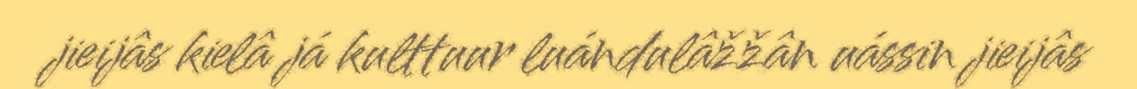
jieijâs kielâ já kulttuur luándulâžžân uássin jieijâs